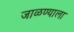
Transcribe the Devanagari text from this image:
जाळण्याला